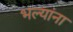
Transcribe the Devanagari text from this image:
भल्यांना